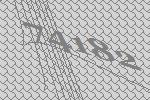
74182